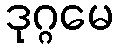
ဒုဂ္ဂမေ